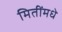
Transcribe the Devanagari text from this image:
मितींमधे